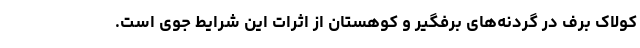
کولاک برف در گردنه‌های برفگیر و کوهستان از اثرات این شرایط جوی است.